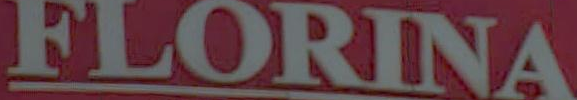
FLORINA